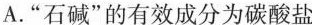
A.“石碱”的有效成分为碳酸盐